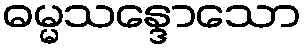
ဓမ္မသန္ဒောသော